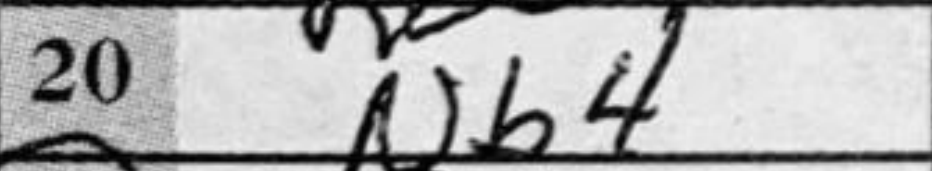
Transcription: Nb4